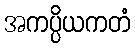
အကပ္ပိယကတံ